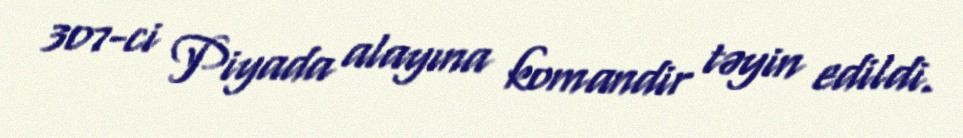
307-ci Piyada alayına komandir təyin edildi.